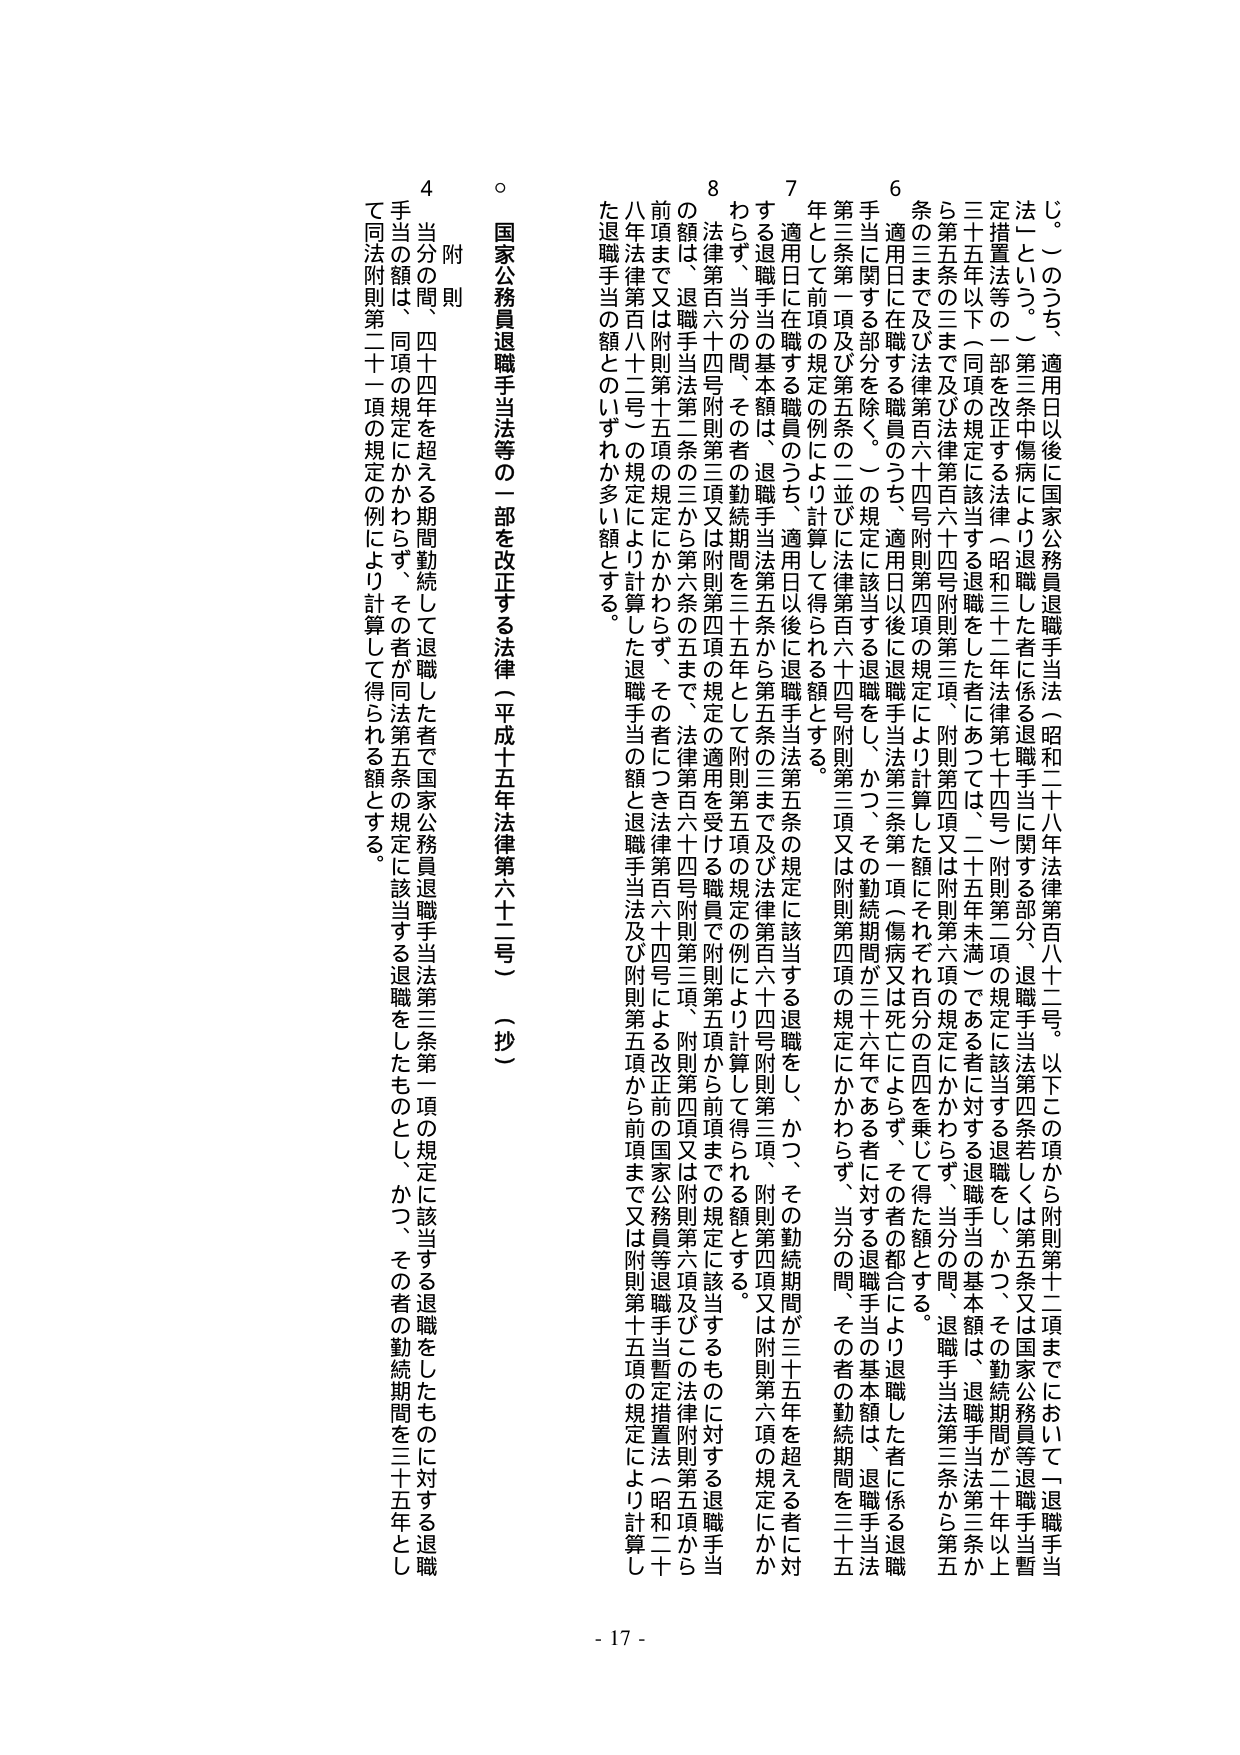
じ。このうち、適用日以後に国家公務員退職手当法（昭和二十八年法律第百八十二号。以下この項から附則第十二項までにおいて「退職手当法」という。）第三条中傷病により退職した者に係る退職手当に関する部分、退職手当法第四条若しくは第五条又は国家公務員等退職手当暫定措置法等の一部を改正する法律（昭和三十二年法律第七十四号）附則第二項の規定に該当する退職をし、かつ、その勤続期間が二十年以上三十五年以下（同項の規定に該当する退職をした者にあっては、二十五年未満）である者に対する退職手当の基本額は、退職手当法第三条から第五条の五までの三まで及び法律第百六十四号附則第二項、附則第四項又は附則第六項の規定にかかわらず、当分の間、退職手当法第三条から第五条の五まで及び法律第百六十四号附則第二項、附則第四項又は附則第六項の規定により計算した額（それぞれ百分の百四を乗じて得た額とする。適用日まで在職する職員のうち、適用日以後に退職手当法第三条第一項（傷病又は死亡による退職を除く。）の規定に該当する退職をし、かつ、その勤続期間が三十六年である者に対する退職手当の基本額は、退職手当法第三条第一項及び第五条の二並びに法律第百六十四号附則第三項又は附則第四項の規定にかかわらず、当分の間、その者の勤続期間を三十五年として前項の規定の例により計算して得られる額とする。

7 適用日在職する職員のうち、適用日以後に退職手当法第五条の規定に該当する退職をし、かつ、その勤続期間が三十五年を超える者に対 する退職手当の基本額は、退職手当法第五条から法律第百六十四号附則第三項、附則第五項の規定の例により計算して得られる額とする。 わらず、当分の間、その者の勤続期間を三十五年として附則第五項の規定の例により計算して得られる額とする。

8 法律第百六十四号附則第三項又は附則第四項の規定の適用を受けた職員で附則第五項から前項までの規定に該当するものに対する退職手当 の額は、退職手当法第二条の三から第六条の五まで、法律第百六十四号附則第三項、附則第四項又は附則第六項及びこの法律附則第五項から 前項まで又は附則第十五項の規定にかかわらず、その者につき法律第百六十四号附則第三項による改正前の国家公務員等退職手当暫定措置法（昭和二 十八年法律第百八十二号）の規定により計算した退職手当の額と退職手当法及び附則第五項から前項まで又は附則第十五項の規定により計算し た退職手当の額とのいずれか多い額とする。

○ 国家公務員退職手当法等の一部を改正する法律（平成十五年法律第六十二号）（抄）

附則

4 当分の間、四十四年を超える期間勤続して退職した者で国家公務員退職手当法第三条第一項の規定に該当する退職をしたものとし、かつ、その者の勤続期間を三十五年とし て同法附則第二十一項の規定の例により計算して得られる額とする。

- 17 -